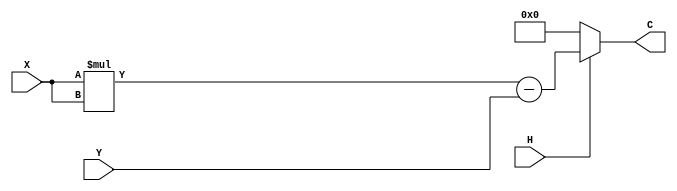
`timescale 1ns / 1ps
//////////////////////////////////////////////////////////////////////////////////
// Company: Universidad de Guadalajara 
// 
// Design Name: decodificador 2-4 condicional IF & CASE.
// Module Name: op1
// Project Name: 
// Target Devices: 
// Tool Versions: 
// Description: 
// 
// Dependencies: 
// 
// Revision:
// Revision 0.01 - File Created
// Additional Comments:
// 
//////////////////////////////////////////////////////////////////////////////////


module op1(
    input [3:0] X,Y,
    input H,
    output reg [7:0] C
    );
    
     always@*
           begin
             if (H == 1'b1)
                   C = X * X - Y;
               else
                   C = 8'b00000000;
           end
endmodule